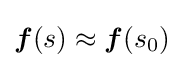
{\boldsymbol {f}}(s)\approx {\boldsymbol {f}}(s_{0})